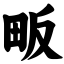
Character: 畈